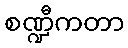
စဏ္ဍီကတာ